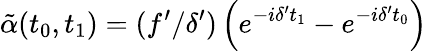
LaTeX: \tilde{\alpha}(t_{0},t_{1})=(f^{\prime}/\delta^{\prime})\left(e^{-i\delta^{\prime}t_{1}}-e^{-i\delta^{\prime}t_{0}}\right)